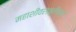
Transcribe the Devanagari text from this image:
महाशीवरात्रीच्या